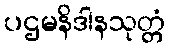
ပဌမနိဒါနသုတ္တံ